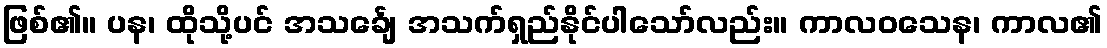
ဖြစ်၏။ ပန၊ ထိုသို့ပင် အသင်္ချေ အသက်ရှည်နိုင်ပါသော်လည်း။ ကာလဝသေန၊ ကာလ၏